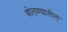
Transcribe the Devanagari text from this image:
बोलण्यातील